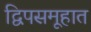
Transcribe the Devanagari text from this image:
द्विपसमूहात